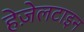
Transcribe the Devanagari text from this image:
हेज़ेलटाइन